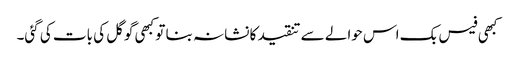
کبھی فیس بک اس حوالے سے تنقید کا نشانہ بنا تو کبھی گوگل کی بات کی گئی۔